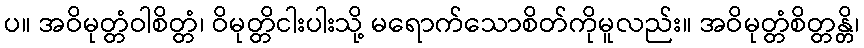
ပ။ အဝိမုတ္တံဝါစိတ္တံ၊ ဝိမုတ္တိငါးပါးသို့ မရောက်သောစိတ်ကိုမူလည်း။ အဝိမုတ္တံစိတ္တန္တိ၊